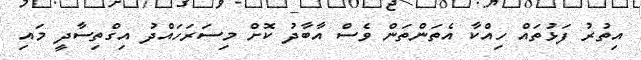
އިތުރު ފަޅުތައް ހިއްކާ އެތަންތަން ވެސް އާބާދު ކޮށް މިސަރަހައްދު އިގްތިސާދީ މައި